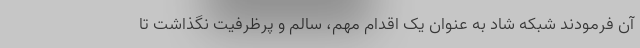
آن فرمودند شبکه شاد به عنوان یک اقدام مهم، سالم و پرظرفیت نگذاشت تا